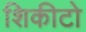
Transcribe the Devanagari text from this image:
शिकीटो